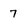
Character: 7